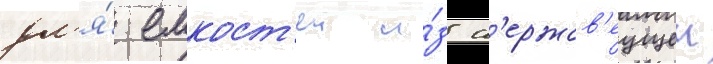
дл'я́ емкост'еи и́з н'ержав'еущеи